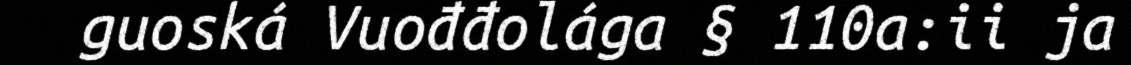
guoská Vuođđolága § 110a:ii ja